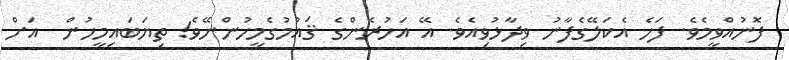
ފޮނުއްވީމެވެ. ފަހެ އެކަލޭގެފާނު ވިދާޅުވިއެވެ. އޭ އަހުރެންގެ ޤައުމުގެމީހުންނޭވެ! ތިޔަބައިމީހުން  އަށް